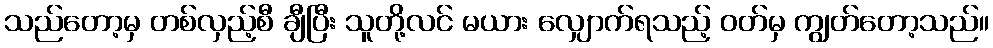
သည်တော့မှ တစ်လှည့်စီ ချီပြီး သူတို့လင် မယား လျှောက်ရသည့် ဝတ်မှ ကျွတ်တော့သည်။